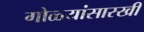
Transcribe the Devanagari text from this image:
गोळ्यांसारखी